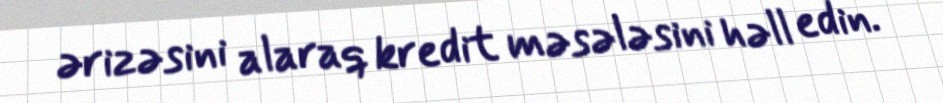
ərizəsini alaraq kredit məsələsini həll edin.